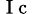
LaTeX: _\mathrm{~I~c~}